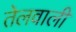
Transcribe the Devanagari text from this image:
तेलवाली